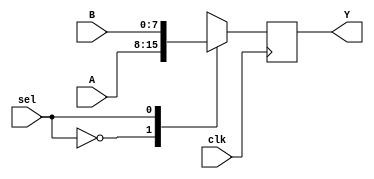
`timescale 1ns / 1ps
//////////////////////////////////////////////////////////////////////////////////
// Company: 
// Engineer: 
// 
// Design Name: 
// Module Name: MUX
// Project Name: 
// Target Devices: 
// Tool Versions: 
// Description: 
// 
// Dependencies: 
// 
// Revision:
// Revision 0.01 - File Created
// Additional Comments:
// 
//////////////////////////////////////////////////////////////////////////////////


module MUX(
    input wire clk,
    input wire [7:0] A,
    input wire [7:0] B,
    output wire [7:0] Y,
    input wire sel
    );
reg [7:0] Y_reg;
assign Y=Y_reg;

always @(posedge clk)
case(sel)
    0: Y_reg=A;
    1: Y_reg=B;
endcase
endmodule